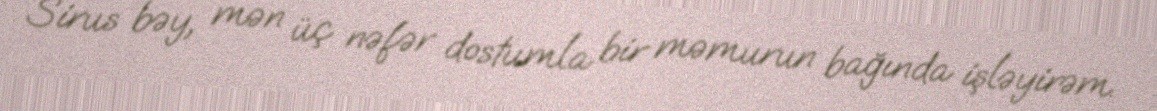
Sirus bəy, mən üç nəfər dostumla bir məmurun bağında işləyirəm.